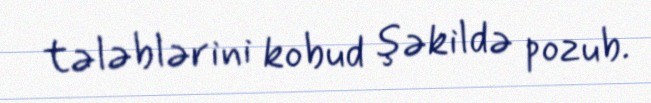
tələblərini kobud şəkildə pozub.